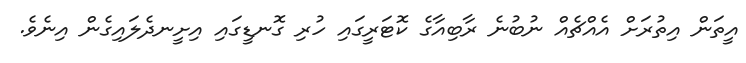
އީތަން އިތުރަށް އެއްޗެއް ނުބުނެ ރާބިއާގެ ކޮޓަރީގައި ހުރި ގޮނޑީގައި އިށީނދެލައިގެން އިނެވެ.